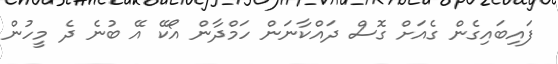
ފައިބައިގެން ގެއަށް ގޮސް ދައްކާނަން ހަމްދާން އޯކޭ އޭ ބުނެ ދެެ މީހުން